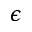
\epsilon